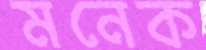
মনেক